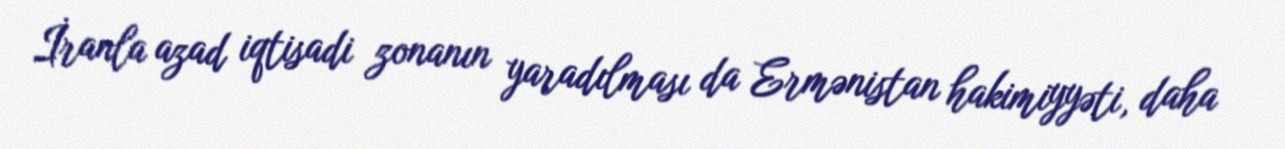
İranla azad iqtisadi zonanın yaradılması da Ermənistan hakimiyyəti, daha